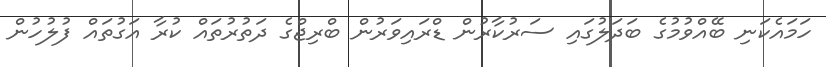
ހަމައެކަނި ބޭއްވުމުގެ ބަދަލުގައި ސަރުކާރުން ޑްރައިވަރުން ބްރިޖްގެ ދަތުރުތައް ކުރާ އަގުތައް ފުލުހުން